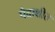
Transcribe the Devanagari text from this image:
पैदाशीत